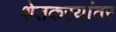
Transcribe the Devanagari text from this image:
शेतकर्‍यांवर